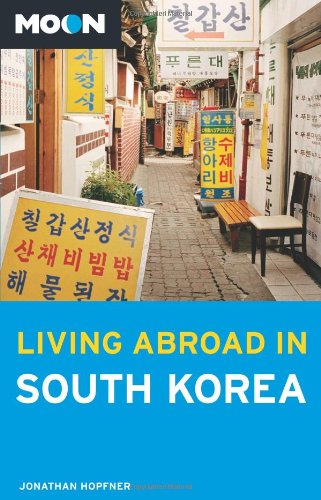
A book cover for Moon Living Abroad in South Korea; Jonathan Hopfner; Travel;